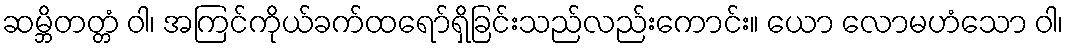
ဆမ္ဘိတတ္တံ ဝါ၊ အကြင်ကိုယ်ခက်ထရော်ရှိခြင်းသည်လည်းကောင်း။ ယော လောမဟံသော ဝါ၊